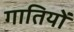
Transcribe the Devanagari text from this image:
गातियों